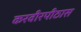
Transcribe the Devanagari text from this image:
करवीरपीठास